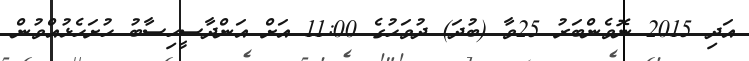
އަދި 2015 ނޮވެންބަރު 25ވާ (ބުދަ) ދުވަހުގެ 11:00 އަށް އަންދާސީހިސާބު ހުށަހެޅުއްވުން